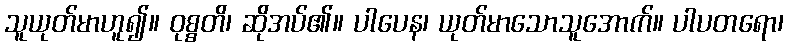
သူယုတ်မာဟူ၍။ ဝုစ္စတိ၊ ဆိုအပ်၏။ ပါပေန၊ ယုတ်မာသောသူအောက်။ ပါပတရော၊